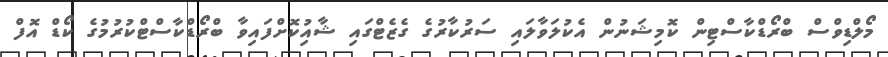
މޯލްޑިވްސް ބްރޯޑްކާސްޓިން ކޮމިޝަނުން އެކުލަވާލައި ސަރުކާރުގެ ގެޒެޓްގައި ޝާއިުކޮށްފައިވާ ބްރޯޑްކާސްޓްކުރުމުގެ ކޯޑް އޮފް